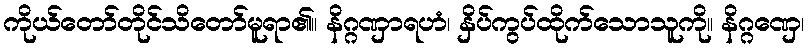
ကိုယ်တော်တိုင်သိတော်မူရာ၏။ နိဂ္ဂဏှာရဟံ၊ နှိပ်ကွပ်ထိုက်သောသူကို။ နိဂ္ဂဏှေ၊